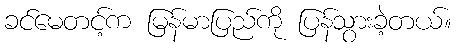
ခင်မေတင့်က မြန်မာပြည်ကို ပြန်သွားခဲ့တယ်။